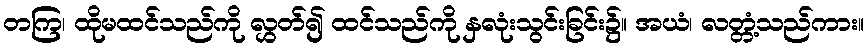
တကြ၊ ထိုမထင်သည်ကို လွှတ်၍ ထင်သည်ကို နှလုံးသွင်းခြင်း၌။ အယံ၊ လတ္တံ့သည်ကား။